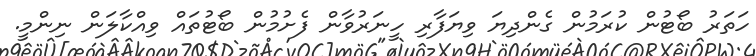
ހަތަރު ބޯޓުން ކުރަމުން ގެންދިޔަ ވިޔަފާރި ހީނަރުވާން ފެށުމުން ބޯޓުތައް ވިއްކާލަން ނިންމީ.